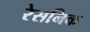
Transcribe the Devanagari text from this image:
रेसनिक